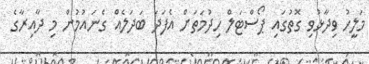
މަލީހު ވިދާޅުވި ގޮތުގައި ޕޯސްޓަލް ހިދުމަތަށް އެފަދަ ބަދަލެއް ގެނައުމުން މި ދާއިރާގެ